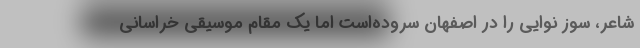
شاعر، سوز نوایی را در اصفهان سروده‌است اما یک مقام موسیقی خراسانی